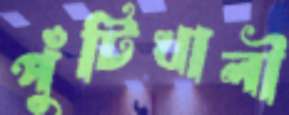
পুঁটিখালী